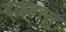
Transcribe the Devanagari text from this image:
दाइहत्सु